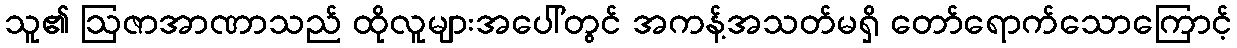
သူ၏ ဩဇာအာဏာသည် ထိုလူများအပေါ်တွင် အကန့်အသတ်မရှိ တော်ရောက်သောကြောင့်